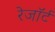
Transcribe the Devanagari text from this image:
रेजॉर्ट